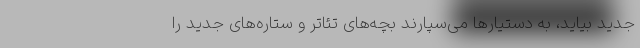
جدید بیاید، به دستیارها می‌سپارند بچه‌های تئاتر و ستاره‌های جدید را